King Institute of Preventive Medicine Micro-Biological Section reports 1912-19
Year: 1912
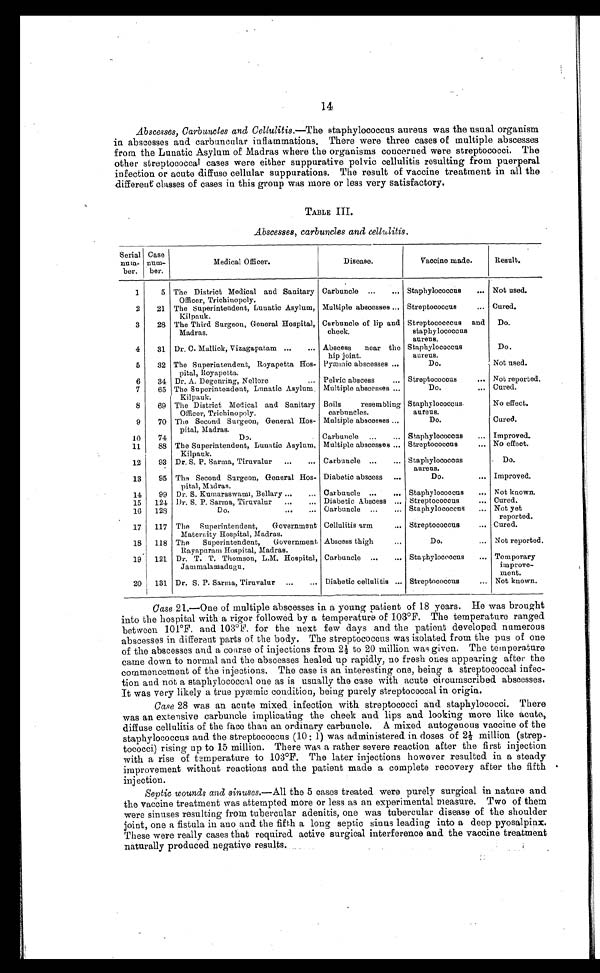
14
Abscesses, Carbuncles and Cellulitis.—The staphylococcus aureus was the usual organism
in abscesses and carbuncular inflammations. There were three cases of multiple abscesses
from the Lunatic Asylum of Madras where the organisms concerned were streptococci. The
other streptococcal cases were either suppurative pelvic cellulitis resulting from puerperal
infection or acute diffuse cellular suppurations. The result of vaccine treatment in all the
different classes of cases in this group was more or less very satisfactory.
TABLE III.
Abscesses, carbuncles and cellulitis.
Serial
nu
m - b e r .
Case
nu
m - b e r .
Medical Officer.
Disease.
Vaccine made.
Result.
1
5 The District Medical and Sanitary
Officer, Trichinopoly.
Carbuncle . . .
Staphylococcus . . . Not used.
2
21 The Superintendent, Lunatic Asylum,
Kilpauk.
Multiple abscesses . . . Streptococcus . . . Cured.
3
28 The Third Surgeon, General Hospital,
Madras.
Carbuncle of lip and
cheek.
Streptococecus and
staphylococcus
aureus.
Do.
4
31 Dr, C. Mallick, Vizagapatam . . . Abscess
near the
hip joint.
Staphylococcus
aureus.
Do.
5
32 The Superintendent, Royapetta Hos
-pital, Royapetta.
Pyæmic abscesses . . .
Do.
Not used.
6
34 Dr. A. Degenring, Nellore . . . Pelvic abscess . . .
Streptococcus . . . Not reported.
7
65 The Superintendent, Lunatic Asylum,
Kilpauk.
Multiple abscesses . . .
Do. . . . Cured.
8
69 The District Medical and Sanitary
Officer, Trichinopoly.
Boils
resembling
carbuncles.
Staphylococcus.
aureus.
No effect.
9
70 The Second Surgeon, General Hos
-pital, Madras.
Multiple abscesses . . .
D o .
Cured.
10
74
Do.
Carbuncle . . .
Staphylococcus . . . Improved.
11
88 The Superintendent, Lunatic Asylum,
Kilpauk.
Multiple abscesses . . . Streptococcus . . . No effect.
12
93 Dr. S. P. Sarma, Tiruvalur . . . Carbuncle . . .
Staphylococcus
aureus.
Do.
13
95 The Second Surgeon, General Hos
-pital, Madras.
Diabetic abscess . . .
Do. . . . Improved.
14
99 Dr. S. Kumaraswami, Bellary . . . Carbuncle . . .
Staphylococcus . . . Not known.
15
124 Dr. S. P. Sarma, Tiruvalur . . . Diabetic Abscess . . .
Streptococcus . . . Cured.
16
128
Do. . . . Carbuncle . . .
Staphylococcus . . . Not yet
reported.
17
117 The Superintendent,
Government
Maternity Hospital, Madras.
Cellulitis arm . . .
Streptococcus . . . Cured.
18
118 The
Superintendent,
Government,
Rayapuram Hospital, Madras.
Abscess thigh . . .
D o . . . . Not reported.
19
121 Dr. T. T. Thomson, L.M. Hospital,
Jammalamadugu.
Carbuncle . . .
Staphylococcus . . . Temporary
improve
-ment.
20
131 Dr. S. P. Sarma, Tiruvalur . . . Diabetic cellulitis . . . Streptococcus . . . Not known.
Case 21.—One of multiple abscesses in a young patient of 18 years. He was brought
into the hospital with a rigor followed by a temperature of 103°F. The temperature ranged
between 101°F. and 103°F. for the next few days and the patient developed numerous
abscesses in different parts of the body. The streptococcus was isolated from the pus of one
of the abscesses and a course of injections from 2½ to 20 million was given. The temperature
came down to normal and the abscesses healed up rapidly, no fresh ones appearing after the
commencement of the injections. The case is an interesting one, being a streptococcal infec
- t i o n a n d n o t a s t a p h y l o c o c c a l o n e a s i s u s u a l l y t h e c a s e w i t h a c u t e c i r c u m s c r i b e d a b s c e s s e s .
It was very likely a true pyæmic condition, being purely streptococcal in origin.
Case 28 was an acute mixed infection with streptococci and staphylococci. There
was an extensive carbuncle implicating the cheek and lips and looking more like acute,
diffuse cellulitis of the face than an ordinary carbuncle. A mixed autogenous vaccine of the
staphylococcus and the streptococcus (10: 1) was administered in doses of 2½ million (strep
- t o c o c c i . ) r i s i n g u p t o 1 5 m i l l i o n . T h e r e w a s a r a t h e r s e v e r e r e a c t i o n a f t e r t h e f i r s t i n j e c t i o n
with a rise of temperature to 103°F. The later injections however resulted in a steady
improvement without reactions and the patient made a complete recovery after the fifth
injection.
Septic wounds and sinuses.— All the 5 cases treated were purely surgical in nature and
the vaccine treatment was attempted more or less as an experimental measure. Two of them
were sinuses resulting from tubercular adenitis, one was tubercular disease of the shoulder
joint, one a fistula in ano and the fifth a long septic sinus leading into a deep pyosalpinx.
These were really cases that required active surgical interference and the vaccine treatment
naturally produced negative results.